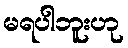
မရပါဘူးဟု